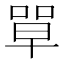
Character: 𭈼